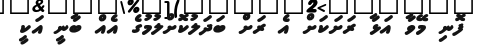
ފޮނި މޭވާ އަޅާ ރަށަަކަށް އެ ރަށް ބަދަލުކޮށްލުމުގެ އެއް ބާނީ އަކީ